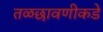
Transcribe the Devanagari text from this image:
तळछावणीकडे